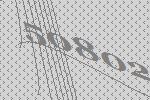
50802